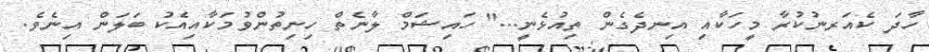
ހާދަ ކެއަރނުކުރާ މީހަކާއި އިނދެގެން ތިއުޅެނީ..." ހައިޝަމް ލާނެތް ހިނިތުންވުމަކާއިއެކު ބަލަން އިނެވެ.